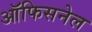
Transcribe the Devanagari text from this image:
ऑफिसनेल